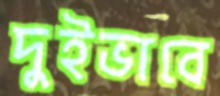
দুইভাবে